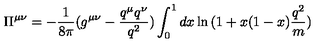
\Pi ^ { \mu \nu } = - \frac { 1 } { 8 \pi } ( g ^ { \mu \nu } - \frac { q ^ { \mu } q ^ { \nu } } { q ^ { 2 } } ) \int _ { 0 } ^ { 1 } d x \ln { ( 1 + x ( 1 - x ) \frac { q ^ { 2 } } { m } ) }